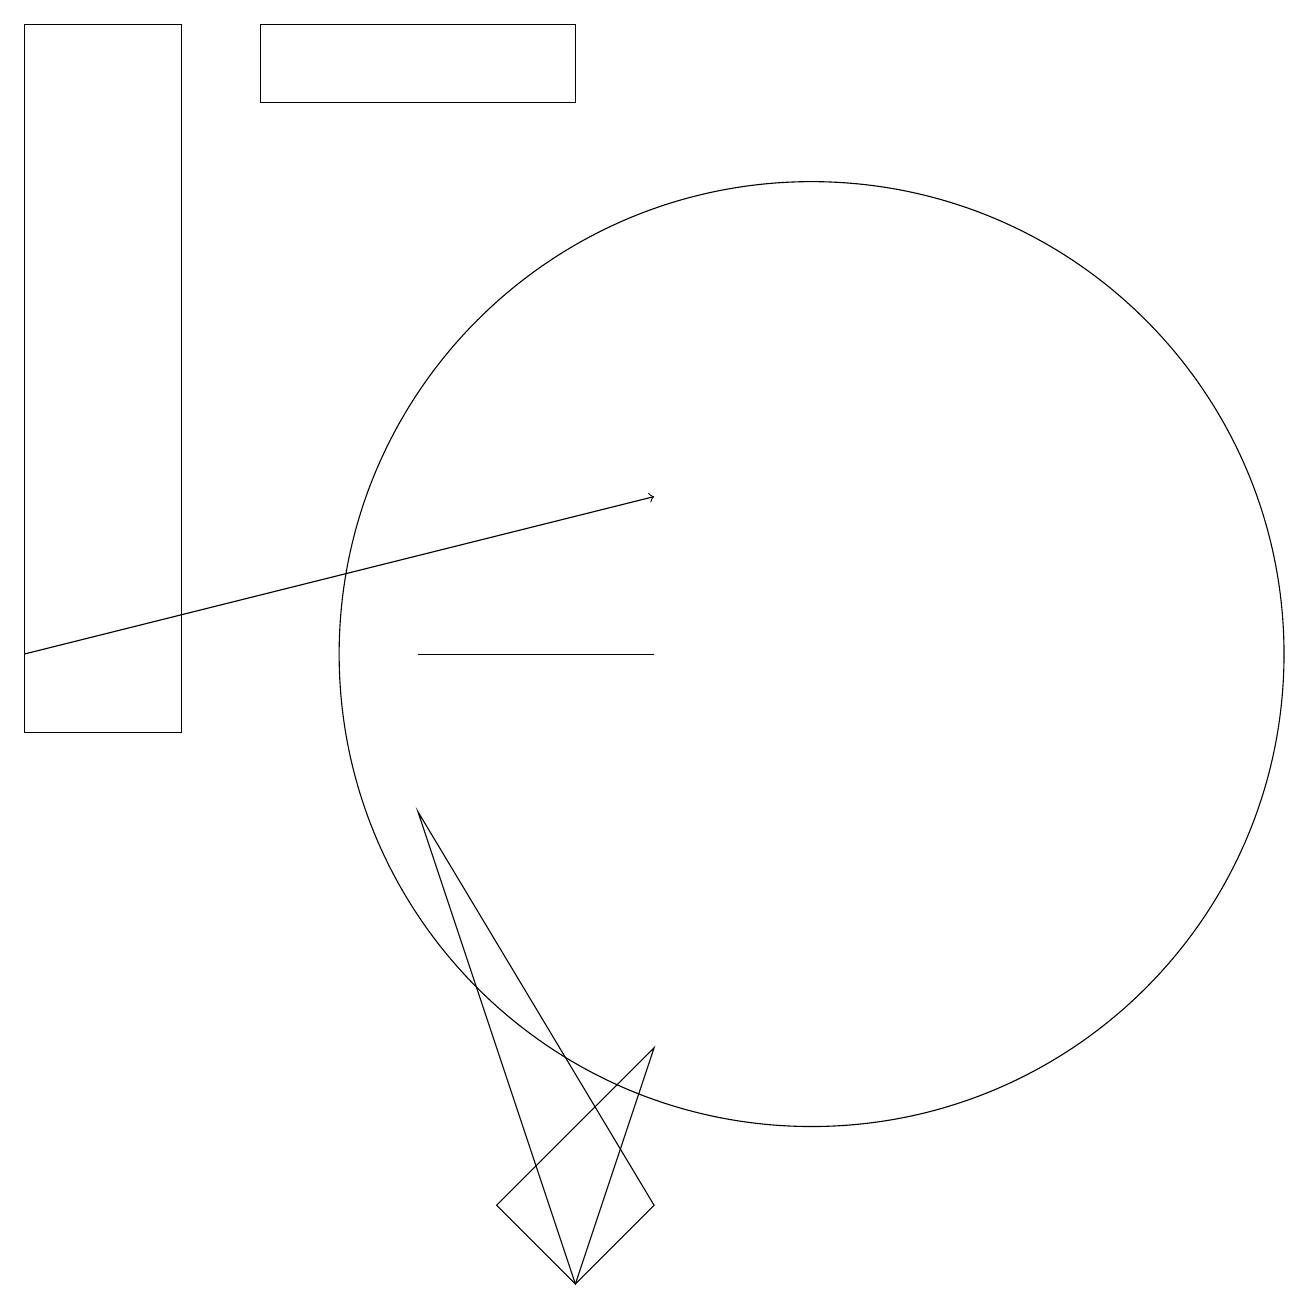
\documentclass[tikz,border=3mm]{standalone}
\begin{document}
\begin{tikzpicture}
\draw[->] (0,11) -- (8,13);
\draw (8,4) -- (7,3) -- (5,9) -- cycle;
\draw (7,18) rectangle (3,19);
\draw (10,11) circle (6);
\draw (7,3) -- (6,4) -- (8,6) -- cycle;
\draw (5,11) rectangle (8,11);
\draw (0,19) rectangle (2,10);
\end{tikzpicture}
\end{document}